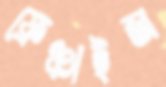
ফ্রেঞ্চাইজ